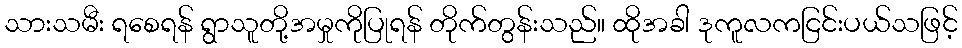
သားသမီး ရစေရန် ရွာသူတို့အမှုကိုပြုရန် တိုက်တွန်းသည်။ ထိုအခါ ဒုကူလကငြင်းပယ်သဖြင့်